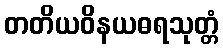
တတိယဝိနယဓရသုတ္တံ